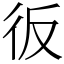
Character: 𢓉